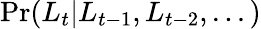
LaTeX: \operatorname*{Pr}(L_{t}|L_{t-1},L_{t-2},...)